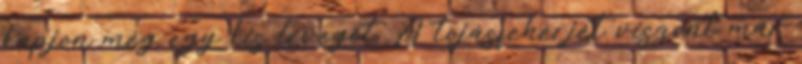
kapjon még egy kis levegőt. A tojásfehérjét viszont már